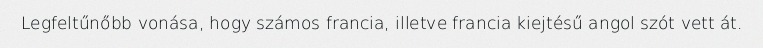
Legfeltűnőbb vonása, hogy számos francia, illetve francia kiejtésű angol szót vett át.